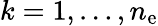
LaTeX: k=1,\dots,n_{\mathrm{e}}